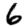
Digit: 6